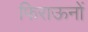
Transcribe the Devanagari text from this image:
फिराऊनों